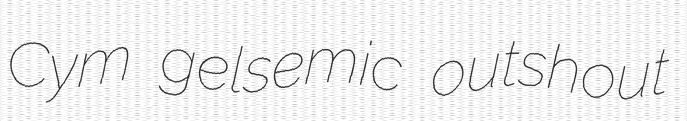
Cym gelsemic outshout